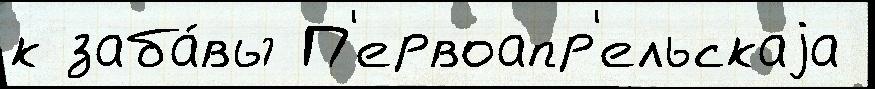
к заба́вы П'ервоапр'ельскаjа